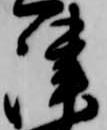
津